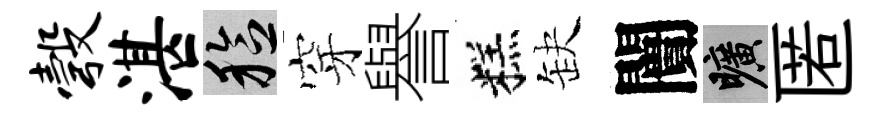
彀湛稔穿譽糕缺闠曠匿